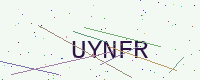
Text: UYNFR